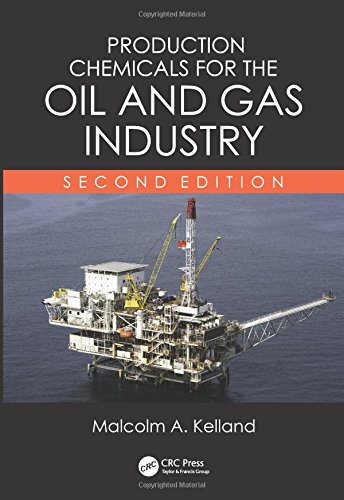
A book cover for Production Chemicals for the Oil and Gas Industry, Second Edition; Malcolm A. Kelland; Science & Math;